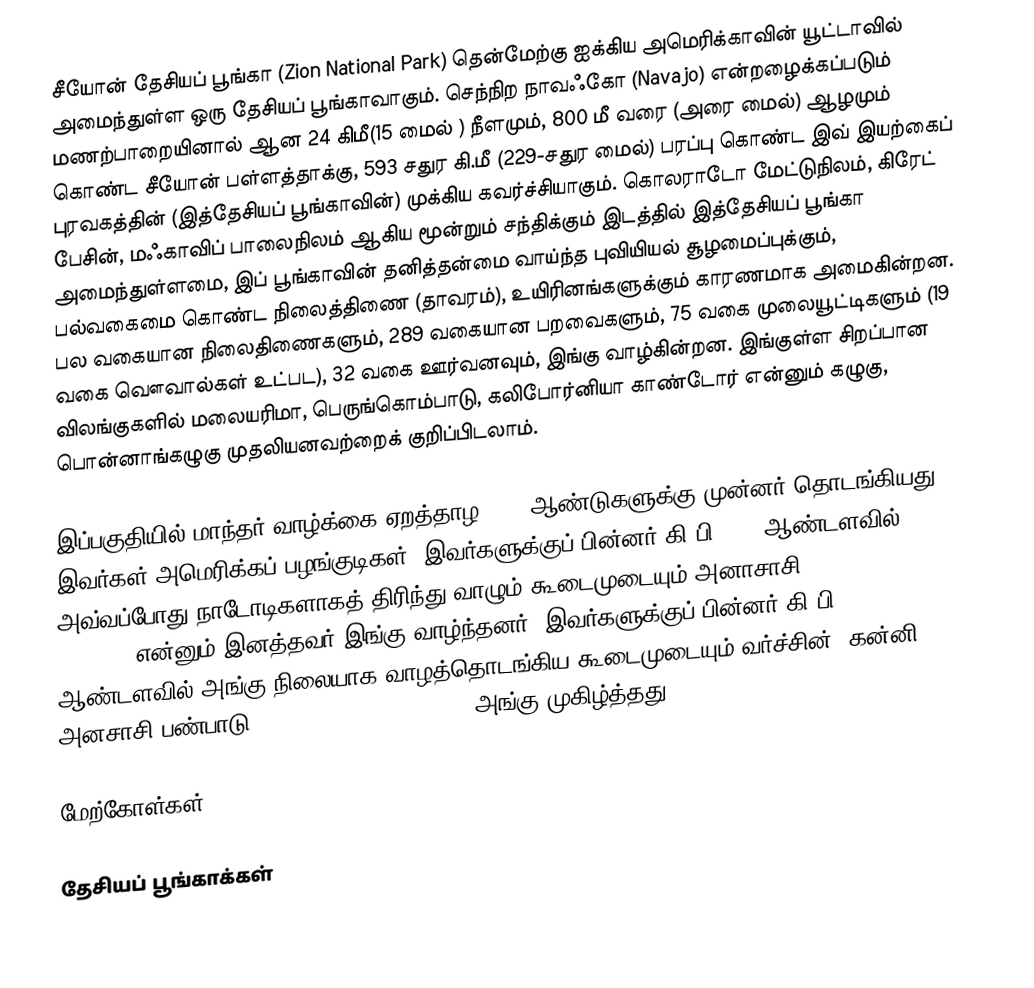
சீயோன் தேசியப் பூங்கா (Zion National Park) தென்மேற்கு ஐக்கிய அமெரிக்காவின் யூட்டாவில் அமைந்துள்ள ஒரு தேசியப் பூங்காவாகும். செந்நிற நாவஃகோ (Navajo) என்றழைக்கப்படும் மணற்பாறையினால் ஆன 24 கிமீ(15 மைல் ) நீளமும்,  800 மீ வரை (அரை மைல்) ஆழமும் கொண்ட சீயோன் பள்ளத்தாக்கு, 593 சதுர கி.மீ (229-சதுர மைல்) பரப்பு கொண்ட இவ் இயற்கைப் புரவகத்தின் (இத்தேசியப் பூங்காவின்) முக்கிய கவர்ச்சியாகும். கொலராடோ மேட்டுநிலம், கிரேட் பேசின், மஃகாவிப் பாலைநிலம் ஆகிய மூன்றும் சந்திக்கும் இடத்தில் இத்தேசியப் பூங்கா அமைந்துள்ளமை, இப் பூங்காவின் தனித்தன்மை வாய்ந்த புவியியல் சூழமைப்புக்கும், பல்வகைமை கொண்ட நிலைத்திணை (தாவரம்), உயிரினங்களுக்கும் காரணமாக அமைகின்றன. பல வகையான நிலைதிணைகளும், 289 வகையான பறவைகளும், 75 வகை முலையூட்டிகளும் (19 வகை வௌவால்கள் உட்பட), 32 வகை ஊர்வனவும், இங்கு வாழ்கின்றன. இங்குள்ள சிறப்பான விலங்குகளில் மலையரிமா, பெருங்கொம்பாடு, கலிபோர்னியா காண்டோர் என்னும் கழுகு, பொன்னாங்கழுகு முதலியனவற்றைக் குறிப்பிடலாம்.

இப்பகுதியில் மாந்தர் வாழ்க்கை ஏறத்தாழ 8000 ஆண்டுகளுக்கு முன்னர் தொடங்கியது. இவர்கள் அமெரிக்கப் பழங்குடிகள். இவர்களுக்குப் பின்னர் கி.பி. 300 ஆண்டளவில் அவ்வப்போது நாடோடிகளாகத் திரிந்து வாழும் கூடைமுடையும் அனாசாசி (Basketmaker Anasazi) என்னும் இனத்தவர் இங்கு வாழ்ந்தனர். இவர்களுக்குப் பின்னர் கி.பி. 500 ஆண்டளவில் அங்கு நிலையாக வாழத்தொடங்கிய கூடைமுடையும் வர்ச்சின் (கன்னி) அனசாசி பண்பாடு (Virgin Anasazi culture) அங்கு முகிழ்த்தது

மேற்கோள்கள்

தேசியப் பூங்காக்கள்